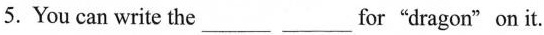
5. You can write the___ ___for"dragon"on it.